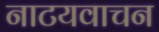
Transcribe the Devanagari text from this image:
नाटयवाचन